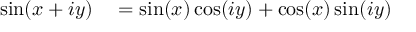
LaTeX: \begin{array} { r l } { \sin ( x + i y ) } & { { } = \sin ( x ) \cos ( i y ) + \cos ( x ) \sin ( i y ) } \end{array}